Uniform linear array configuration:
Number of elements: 4
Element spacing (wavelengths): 1
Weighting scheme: exponential
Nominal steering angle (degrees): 60
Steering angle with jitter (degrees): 61.411
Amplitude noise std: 0.05
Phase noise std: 0.05

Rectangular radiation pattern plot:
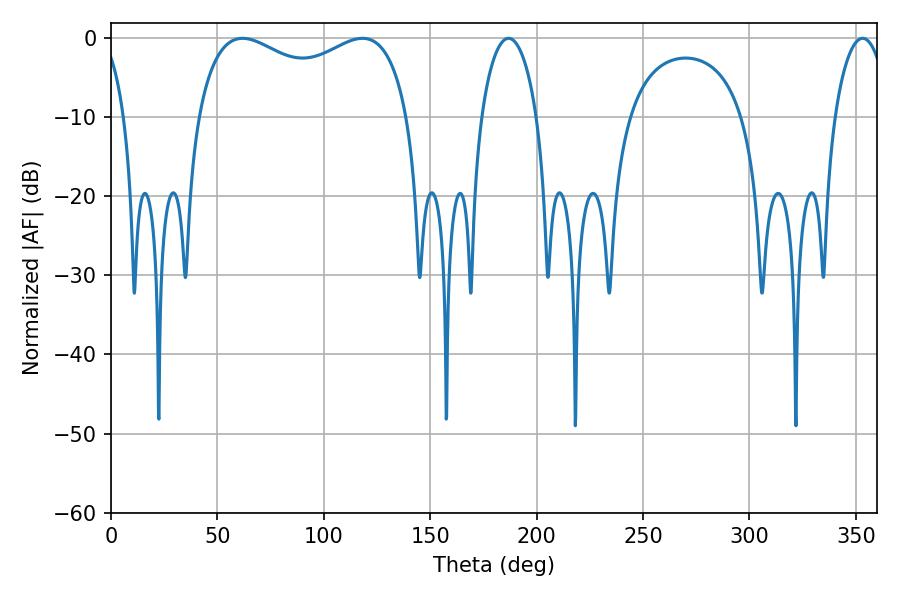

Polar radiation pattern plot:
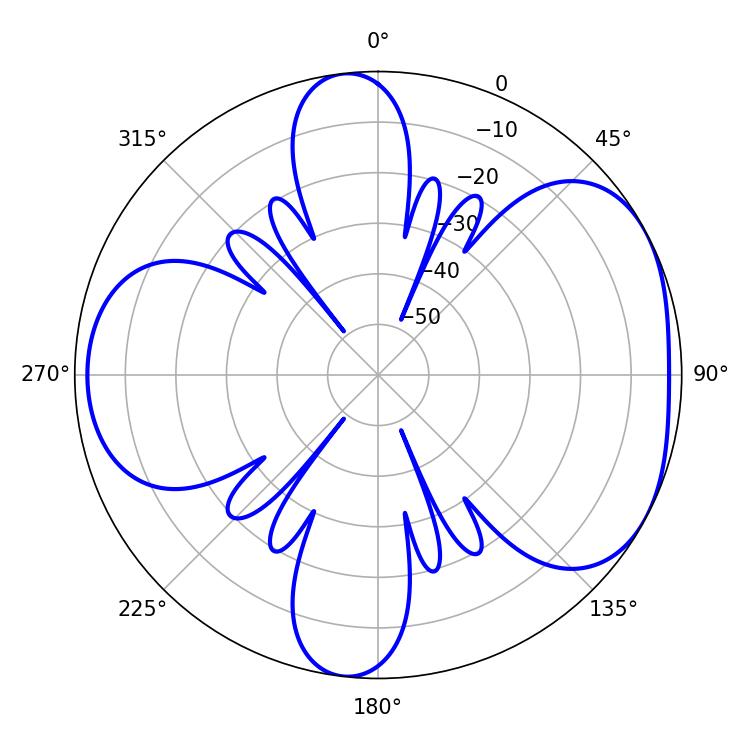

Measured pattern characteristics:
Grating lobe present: TRUE
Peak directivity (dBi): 4.824
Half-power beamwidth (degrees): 14.76
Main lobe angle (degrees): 186.84